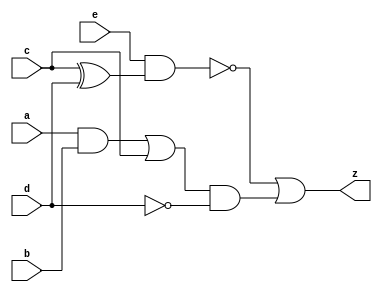
module complex_circuit(
    input a,  // Input wire a
    input b,  // Input wire b
    input c,  // Input wire c
    input d,  // Input wire c
    input e,  // Input wire c
    output z  // Output wire f
);


wire w1, w2, w3, w4, w5, w6, w7, w8, w9;


and and1(w1, a, b);           // AND gate, inputs a and b, output to w1
or or1(w2, w1, c);            // OR gate, inputs w1 and c, output to w2
not not1(w3, d);              // NOT gate, input d, output to w3
xor xor1(w4, c, d);           // XOR gate, inputs c and d, output to w4
nand nand1(w5, e, w4);        // NAND gate, inputs e and w4, output to w5


and and2(w6, w2, w3);         // AND gate, inputs w2 and w3, output to w6
or or2(z, w5, w6);            // OR gate, inputs w5 and a, output to w7

endmodule